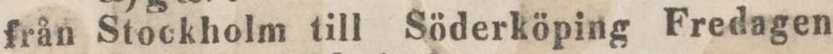
från Stockholm till Söderköping Fredagen